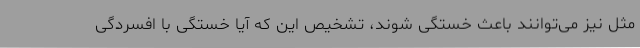
مثل نیز می‌توانند باعث خستگی شوند، تشخیص این که آیا خستگی با افسردگی